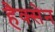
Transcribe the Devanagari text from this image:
हैक्सेन